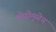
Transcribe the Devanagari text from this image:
लेणींमुळेच